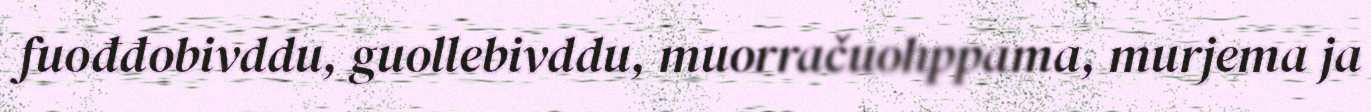
fuođđobivddu, guollebivddu, muorračuohppama, murjema ja